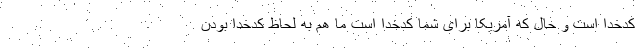
کدخدا است و حال که آمریکا برای شما کدخدا است ما هم به لحاظ کدخدا بودن